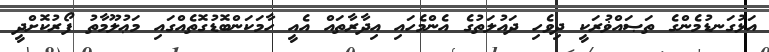
އަޅުގަނޑުމެންގެ ތަޞައްޥުރަކީ ދިވެހި ދައުލަތުގެ އެންމެހައި އިދާރާތައް އެއީ ހާމަކަންބޮޑުގޮތެއްގައި މަޢުލޫމާތު ފޯރުކޮށްދީ